Vaccination in Bombay 1856-1862 - 1856-1862
Year: 1856
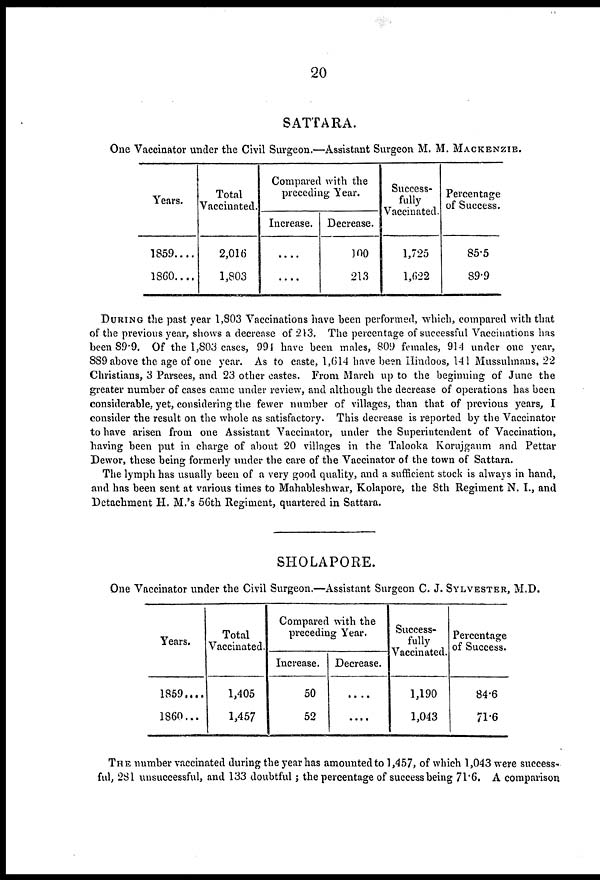
20
SATTARA.
One Vaccinator under the Civil Surgeon.—Assistant Surgeon M. M. MACKENZIE.
Years.
1859....
1860....
Total
Vaccinated.
2,016
1,803
Compared with the
preceding Year.
Increase.
....
....
Decrease.
100
213
Success-
fully
Vaccinated.
1,725
1,622
Percentage
of Success.
85.5
89.9
DURING the past year 1,803 Vaccinations have been performed, which, compared with that
of the previous year, shows a decrease of 213. The percentage of successful Vaccinations has
been 89.9. Of the 1,803 cases, 994 have been males, 809 females, 914 under one year,
889 above the age of one year. As to caste, 1,614 have been Hindoos, 141 Mussulmans, 22
Christians, 3 Parsees, and 23 other castes. From March up to the beginning of June the
greater number of cases came under review, and although the decrease of operations has been
considerable, yet, considering the fewer number of villages, than that of previous years, I
consider the result on the whole as satisfactory. This decrease is reported by the Vaccinator
to have arisen from one Assistant Vaccinator, under the Superintendent of Vaccination,
having been put in charge of about 20 villages in the Talooka Korujgaum and Pettar
Dewor, these being formerly under the care of the Vaccinator of the town of Sattara.
The lymph has usually been of a very good quality, and a sufficient stock is always in hand,
and has been sent at various times to Mahableshwar, Kolapore, the 8th Regiment N. I., and
Detachment H. M.'s 56th Regiment, quartered in Sattara.
SHOLAPORE.
One Vaccinator under the Civil Surgeon.—Assistant Surgeon C. J. SYLVESTER, M.D.
Years.
1859....
1860...
Total
Vaccinated.
1,405
1,457
Compared with the
preceding Year.
Increase.
50
52
Decrease.
....
....
Success-
fully
Vaccinated.
1,190
1,043
Percentage
of Success.
84.6
71.6
THE number vaccinated during the year has amounted to 1,457, of which 1,043 were success-
ful, 281 unsuccessful, and 133 doubtful; the percentage of success being 71.6. A comparison